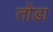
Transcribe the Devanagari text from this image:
तोंडा